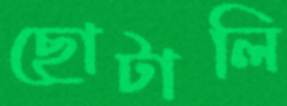
ছোটালি